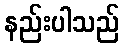
နည်းပါသည်